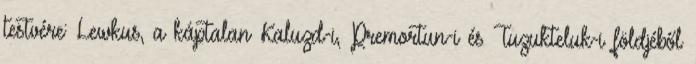
testvére: Lewkus, a káptalan Kaluzd-i, Premortun-i és Tuzukteluk-i földjéből